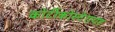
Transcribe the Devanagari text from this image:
कोर्टीकोस्टेरायड